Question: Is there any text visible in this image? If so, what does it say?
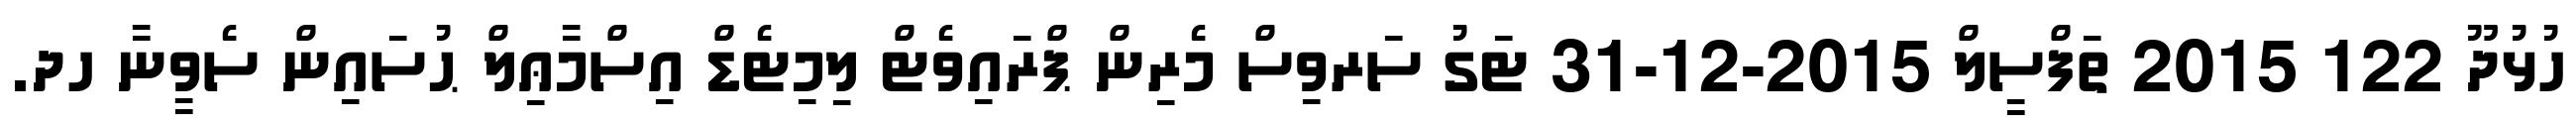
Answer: ހުޅުދޫ 122 2015 ތަފްސީލް 2015-12-31 ޓަގު ސަރވިސް މެރިން ޕްރައިވެޓް ލިމިޓެޑް އިސްމާޢިލް ޙުސައިން ސެވީނާ ހދ.